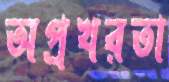
অপ্রখরতা